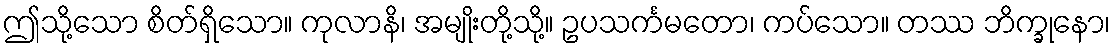
ဤသို့သော စိတ်ရှိသော။ ကုလာနိ၊ အမျိုးတို့သို့။ ဥပသင်္ကမတော၊ ကပ်သော။ တဿ ဘိက္ခုနော၊